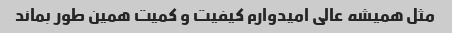
مثل همیشه عالی امیدوارم کیفیت و کمیت همین طور بماند